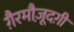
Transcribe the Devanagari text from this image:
ग़ैरमौज़ूदग़ी